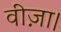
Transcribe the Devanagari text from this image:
वीज़ा।